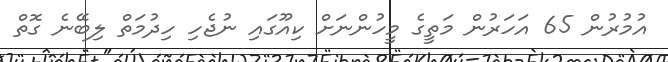
އުމުރުން 65 އަހަރުން މަތީގެ މީހުންނަށް ކިއޫގައި ނުޖެހި ހިދުމަތް ލިބޭނެ ގޮތް